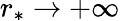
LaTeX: r_{*}\to+\infty